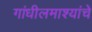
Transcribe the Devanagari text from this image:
गांधीलमाश्यांचे